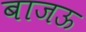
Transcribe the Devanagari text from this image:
बाजऊ